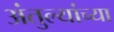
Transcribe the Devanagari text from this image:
अंतुल्यांच्या